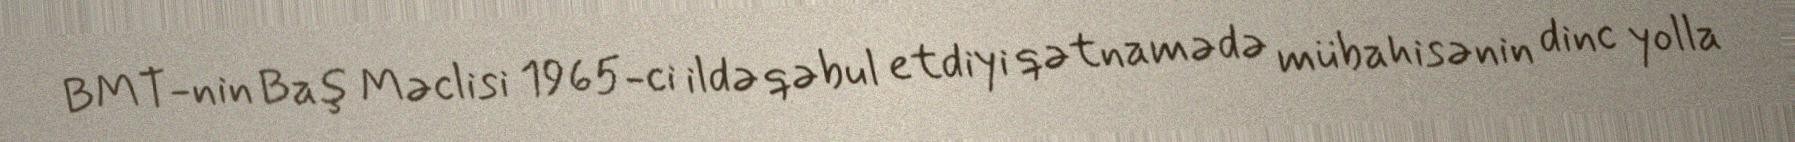
BMT-nin Baş Məclisi 1965-ci ildə qəbul etdiyi qətnamədə mübahisənin dinc yolla